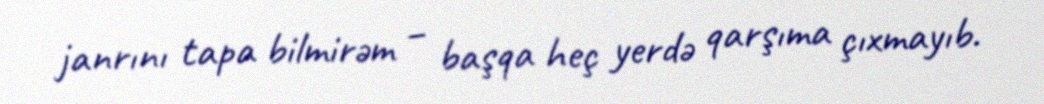
janrını tapa bilmirəm – başqa heç yerdə qarşıma çıxmayıb.